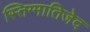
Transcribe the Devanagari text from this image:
स्तिग्मातिजेद